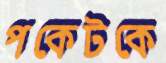
পকেটকে